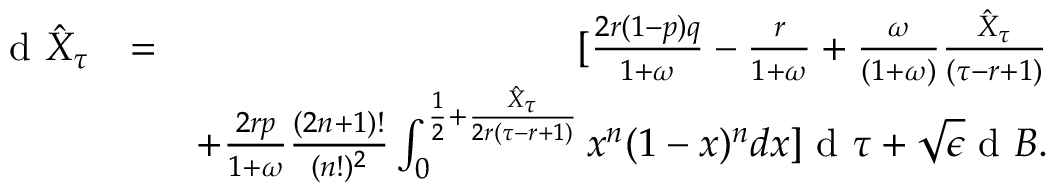
\begin{array} { r l r } { \textrm { d } \hat { X } _ { \tau } } & { = } & { [ \frac { 2 r ( 1 - p ) q } { 1 + \omega } - \frac { r } { 1 + \omega } + \frac { \omega } { ( 1 + \omega ) } \frac { \hat { X } _ { \tau } } { ( \tau - r + 1 ) } } \\ & { } & { + \frac { 2 r p } { 1 + \omega } \frac { ( 2 n + 1 ) ! } { ( n ! ) ^ { 2 } } \int _ { 0 } ^ { \frac { 1 } { 2 } + \frac { \hat { X } _ { \tau } } { 2 r ( \tau - r + 1 ) } } x ^ { n } ( 1 - x ) ^ { n } d x ] \textrm { d } \tau + \sqrt { \epsilon } \textrm { d } B . } \end{array}